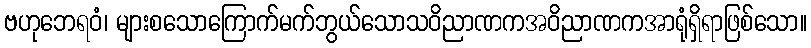
ဗဟုဘေရဝံ၊ များစသောကြောက်မက်ဘွယ်သောသဝိညာဏကအဝိညာဏကအာရုံရှိရာဖြစ်သော။